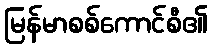
မြန်မာစစ်ကောင်စီ၏